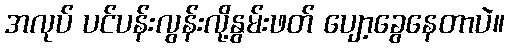
အလုပ် ပင်ပန်းလွန်းလို့နွမ်းဖတ် ပျော့ခွေနေတာပဲ။